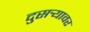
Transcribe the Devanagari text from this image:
दुसर्‍यावर